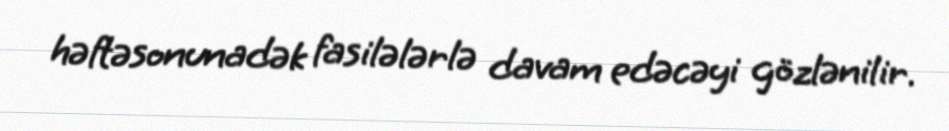
həftəsonunadək fasilələrlə davam edəcəyi gözlənilir.